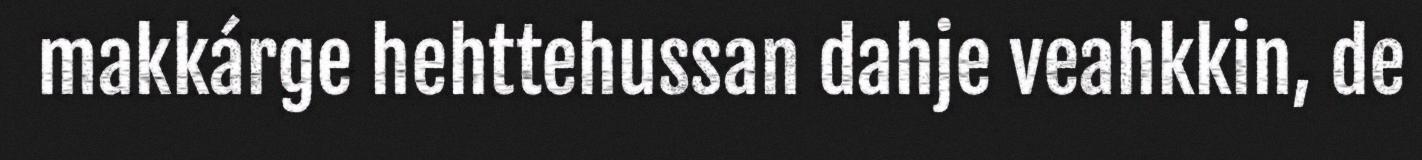
makkárge hehttehussan dahje veahkkin, de